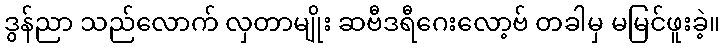
ဒွန်ညာ သည်လောက် လှတာမျိုး ဆဗီဒရီဂေးလော့ဗ် တခါမှ မမြင်ဖူးခဲ့။